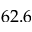
6 2 . 6